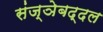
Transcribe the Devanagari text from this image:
संज्ञेबद्दल